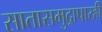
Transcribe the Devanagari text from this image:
सातासमुद्रापारही